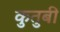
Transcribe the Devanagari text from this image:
कुतुबी